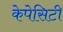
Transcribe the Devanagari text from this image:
केपेसिटी